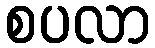
စပလာ